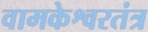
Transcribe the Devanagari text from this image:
वामकेश्वरतंत्र